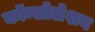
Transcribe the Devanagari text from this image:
कॉन्सोलेशन